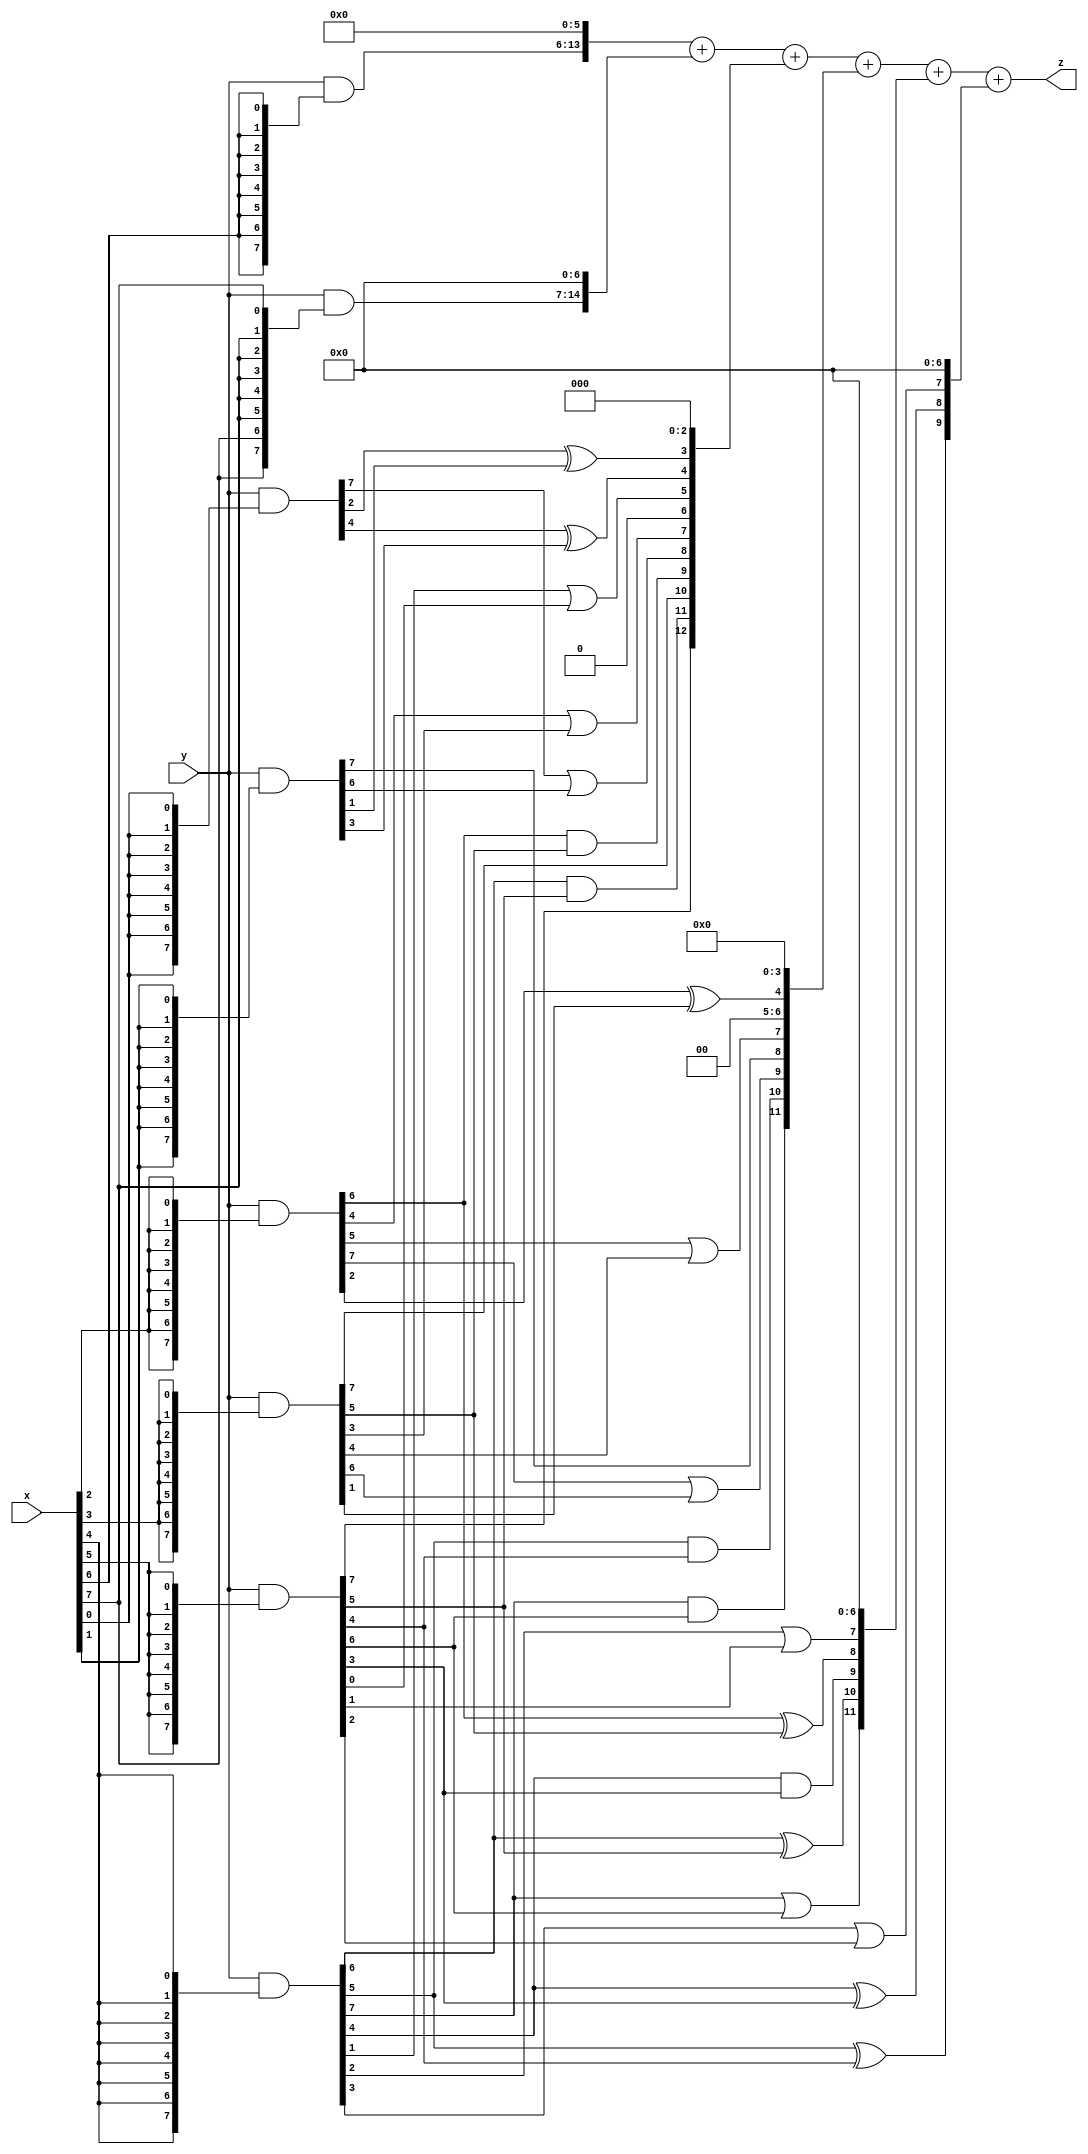
module LeNet_XWYF_16 (
    input  [7:0]  x,
    input  [7:0]  y,
    output [15:0] z
);


wire [7:0] part1 =  y & {8{x[0]}};
wire [7:0] part2 = (y & {8{x[1]}});
wire [7:0] part3 = (y & {8{x[2]}});
wire [7:0] part4 = (y & {8{x[3]}});

wire [7:0] part5 = (y & {8{x[4]}});
wire [7:0] part6 = (y & {8{x[5]}});
wire [7:0] part7 = (y & {8{x[6]}});
wire [7:0] part8 = (y & {8{x[7]}});

wire [12:0] new_part1;
wire [12:0] new_part2;
wire [12:0] new_part3;
wire [12:0] new_part4;

assign new_part1[0] = 0;
assign new_part1[1] = 0;
assign new_part1[2] = 0;
assign new_part1[3] = part1[2]^part2[1];
assign new_part1[4] = part1[4]^part2[3];
assign new_part1[5] = part5[1]|part6[0];
assign new_part1[6] = 0;
assign new_part1[7] = part3[4]|part4[3];
assign new_part1[8] = part1[7]|part2[6];
assign new_part1[9] = part3[6]&part4[5];
assign new_part1[10] = part4[7];
assign new_part1[11] = part5[6]&part6[5];
assign new_part1[12] = part6[7];

assign new_part2[0] = 0;
assign new_part2[1] = 0;
assign new_part2[2] = 0;
assign new_part2[3] = 0;
assign new_part2[4] = part3[2]^part4[1];
assign new_part2[5] = 0;
assign new_part2[6] = 0;
assign new_part2[7] = part3[5]|part4[4];
assign new_part2[8] = part2[7];
assign new_part2[9] = part3[7]|part4[6];
assign new_part2[10] = part5[5]&part6[4];
assign new_part2[11] = part5[7]&part6[6];
assign new_part2[12] = 0;

assign new_part3[0] = 0;
assign new_part3[1] = 0;
assign new_part3[2] = 0;
assign new_part3[3] = 0;
assign new_part3[4] = 0;
assign new_part3[5] = 0;
assign new_part3[6] = 0;
assign new_part3[7] = part5[2]|part6[1];
assign new_part3[8] = part3[6]^part4[5];
assign new_part3[9] = part5[4]&part6[3];
assign new_part3[10] = part5[6]^part6[5];
assign new_part3[11] = part5[7]|part6[6];
assign new_part3[12] = 0;

assign new_part4[0] = 0;
assign new_part4[1] = 0;
assign new_part4[2] = 0;
assign new_part4[3] = 0;
assign new_part4[4] = 0;
assign new_part4[5] = 0;
assign new_part4[6] = 0;
assign new_part4[7] = part5[3]|part6[2];
assign new_part4[8] = part5[4]^part6[3];
assign new_part4[9] = part5[5]^part6[4];
assign new_part4[10] = 0;
assign new_part4[11] = 0;
assign new_part4[12] = 0;

assign z = {part7, 6'b0} + {part8, 7'b0} + new_part1 + new_part2 + new_part3 + new_part4;

endmodule